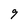
Character: 9